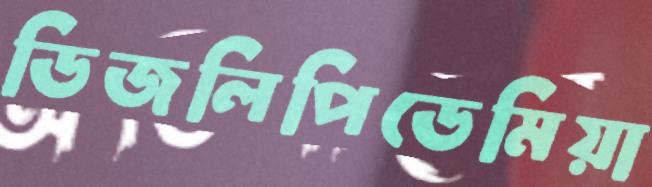
ডিজলিপিডেমিয়া